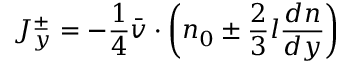
\quad J _ { y } ^ { \pm } = - { \frac { 1 } { 4 } } { \bar { v } } \cdot \left( n _ { 0 } \pm { \frac { 2 } { 3 } } l { \frac { d n } { d y } } \right)